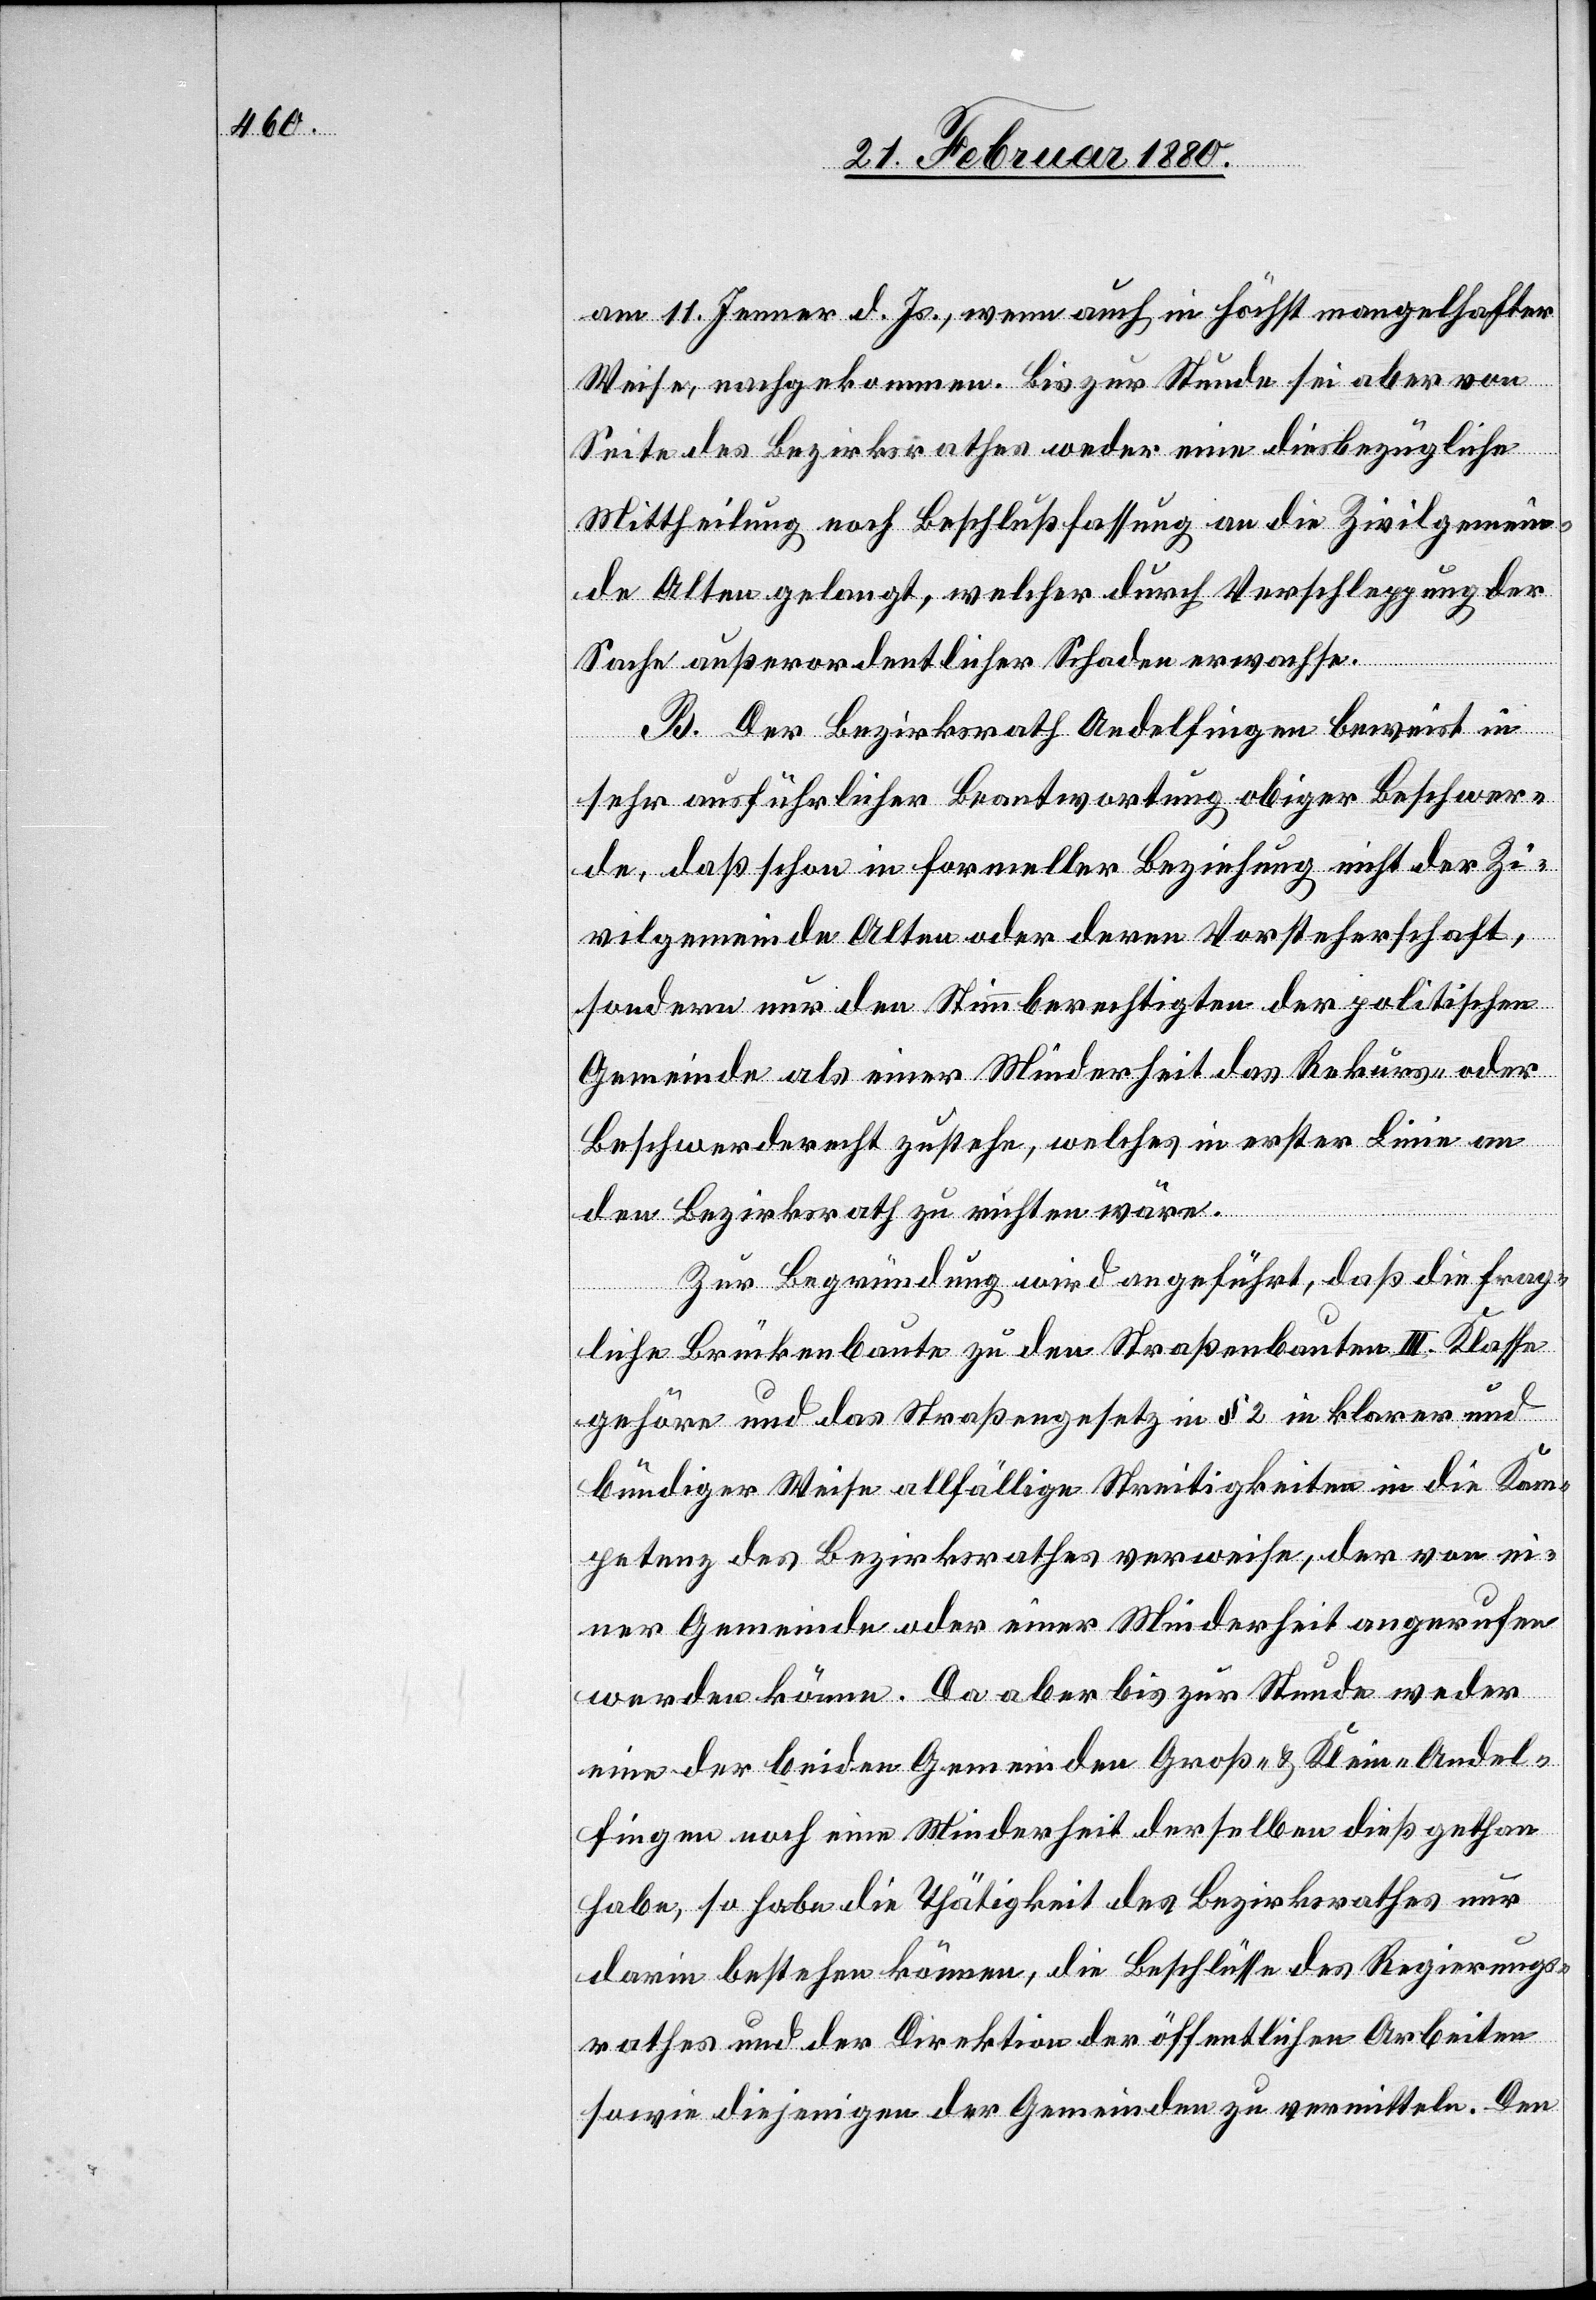
am 11. Jenner d. Js., wenn auch in höchst mangelhafter
Weise, nachgekommen. Bis zur Stunde sei aber von
Seite des Bezirksrathes weder eine diesbezügliche
Mittheilung noch Beschlußfassung an die Zivilgemein¬
de Olten gelangt, welcher durch Verschleppung der
Sache außerordentlicher Schaden erwachse.
B. Der Bezirksrath Andelfingen beweist in
sehr ausführlicher Beantwortung obiger Beschwer¬
de, daß schon in formeller Beziehung nicht der Zi¬
vilgemeinde Olten oder deren Vorsteherschaft,
sondern nur den Stimmberechtigten der politischen
Gemeinde als einer Minderheit das Rekurs- oder
Beschwerderecht zustehe, welches in erster Linie an
den Bezirksrath zu richten wäre.
Zur Begründung wird angeführt, daß die frag¬
liche Brückenbaute zu den Straßenbauten III. Klasse
gehöre und das Straßengesetz in § 2 in klarer und
bündiger Weise allfällige Streitigkeiten in die Kom¬
petenz des Bezirksrathes verweise, der von ei¬
ner Gemeinde oder einer Minderheit angerufen
werden könne. Da aber bis zur Stunde weder
eine der beiden Gemeinden Groß- & Klein-Andel¬
fingen noch eine Minderheit derselben dieß gethan
habe, so habe die Thätigkeit des Bezirksrathes nur
darin bestehen können, die Beschlüsse des Regierungs¬
rathes und der Direktion der öffentlichen Arbeiten
sowie diejenigen der Gemeinden zu vermitteln. Den